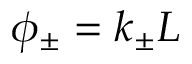
\phi _ { \pm } = k _ { \pm } L